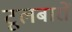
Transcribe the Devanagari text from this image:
टूलबारों